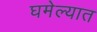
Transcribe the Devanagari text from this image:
घमेल्यात